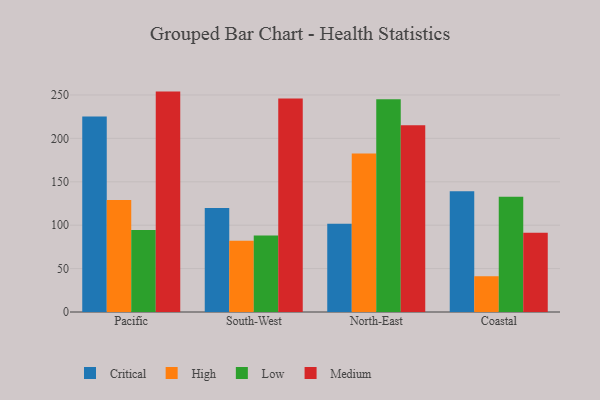
{"axis": {"x": "Region", "y": "Gross Profit (USD K)"}, "legend": ["Critical", "High", "Low", "Medium"], "data": [{"x": "Pacific", "y": 225.1, "type": "Critical"}, {"x": "Pacific", "y": 129.0, "type": "High"}, {"x": "Pacific", "y": 94.4, "type": "Low"}, {"x": "Pacific", "y": 253.9, "type": "Medium"}, {"x": "South-West", "y": 119.9, "type": "Critical"}, {"x": "South-West", "y": 82.0, "type": "High"}, {"x": "South-West", "y": 88.0, "type": "Low"}, {"x": "South-West", "y": 246.0, "type": "Medium"}, {"x": "North-East", "y": 101.8, "type": "Critical"}, {"x": "North-East", "y": 182.5, "type": "High"}, {"x": "North-East", "y": 245.0, "type": "Low"}, {"x": "North-East", "y": 215.2, "type": "Medium"}, {"x": "Coastal", "y": 139.0, "type": "Critical"}, {"x": "Coastal", "y": 41.2, "type": "High"}, {"x": "Coastal", "y": 132.8, "type": "Low"}, {"x": "Coastal", "y": 91.4, "type": "Medium"}]}